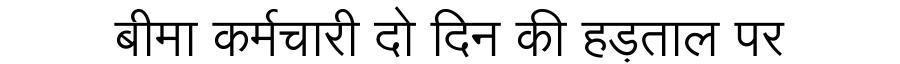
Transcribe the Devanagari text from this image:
बीमा कर्मचारी दो दिन की हड़ताल पर